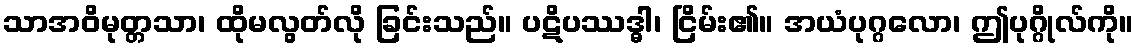
သာအဝိမုတ္တသာ၊ ထိုမလွတ်လို ခြင်းသည်။ ပဋိပဿဒ္ဓါ၊ ငြိမ်း၏။ အယံပုဂ္ဂလော၊ ဤပုဂ္ဂိုလ်ကို။